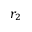
r _ { 2 }